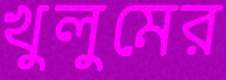
খুলুমের